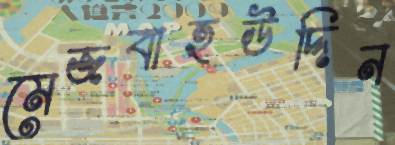
মেজবাহউদ্দিন